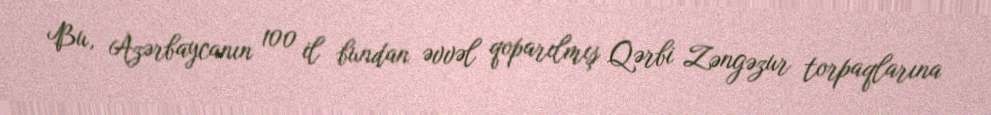
Bu, Azərbaycanın 100 il bundan əvvəl qoparılmış Qərbi Zəngəzur torpaqlarına